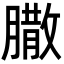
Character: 𦠐